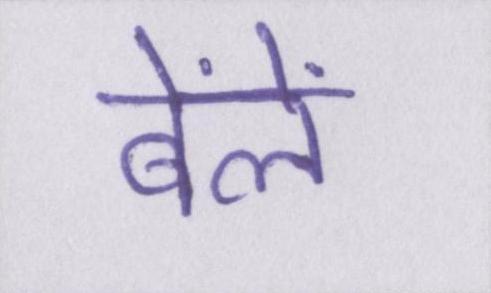
बेंलें